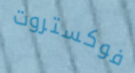
فوكستروت